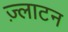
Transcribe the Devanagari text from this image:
ज़्लाटन